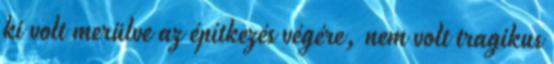
ki volt merülve az építkezés végére, nem volt tragikus